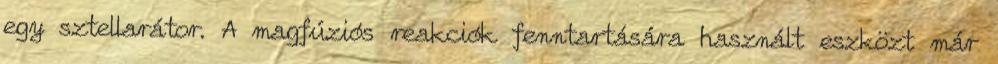
egy sztellarátor. A magfúziós reakciók fenntartására használt eszközt már